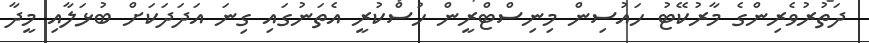
ދަތުރުވެރިންްގެ މާރުކޭޓު ހައުސިން މިނިސްޓްރީން ހުސްކުރީ އެތަނުގައި ގިނަ އަދަދަކަށް ބުޅަލާއި މީދާ